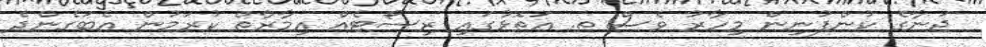
ޖަނާގެ ކުންފުނިން މިހާރު ވެސް ތ. އަތޮޅުގައި ރިސޯޓެއް އިމާރާތް ކުރަމުން އެބަގެންދެ